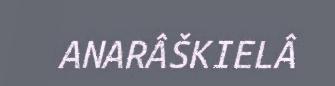
ANARÂŠKIELÂ